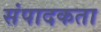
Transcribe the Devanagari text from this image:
संपादकता